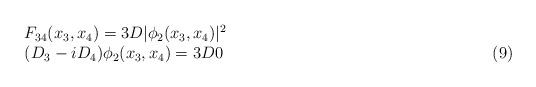
LaTeX: \begin{align*}\begin{array}{lr} F_{34}(x_3,x_4)=3D|\phi_2(x_3,x_4)|^2 & \\ (D_3-iD_4)\phi_2(x_3,x_4)=3D0 & \hspace{6.4cm}(9) \end{array}\end{align*}